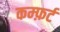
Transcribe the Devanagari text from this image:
कम्फ़र्ट